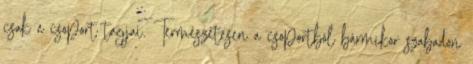
csak a csoport tagjai. Természetesen a csoportból bármikor szabadon